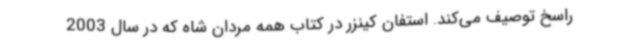
راسخ توصیف می‌کند. استفان کینزر در کتاب همه مردان شاه که در سال 2003